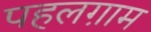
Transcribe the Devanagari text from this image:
पहलग़ाम